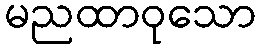
မညထာဝုသော